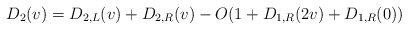
\begin{align*}D_2(v) = D_{2,L}(v) + D_{2,R}(v) - O(1+ D_{1, R}(2v) +D_{1, R}(0))\end{align*}